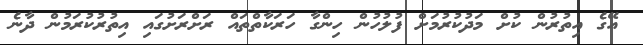
އޭގެ އިތުރުން ކުށް މަދުކުރުމަށް ފުލުހުން ހިންގާ ހަރަކާތްތައް ރަށްރަށުގައި އިތުރުކުރަމުން ދާނެ